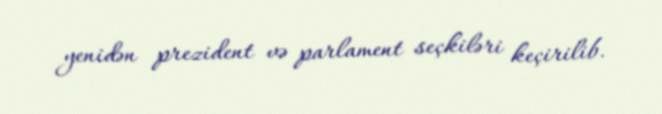
yenidən prezident və parlament seçkiləri keçirilib.